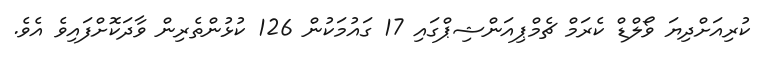
ކުރިއަށްދިޔަ ވޯލްޑް ކެރަމް ޗެމްޕިއަންޝިޕްގައި 17 ގައުމަކުން 126 ކުޅުންތެރިން ވާދަކޮށްފައިވެ އެވެ.